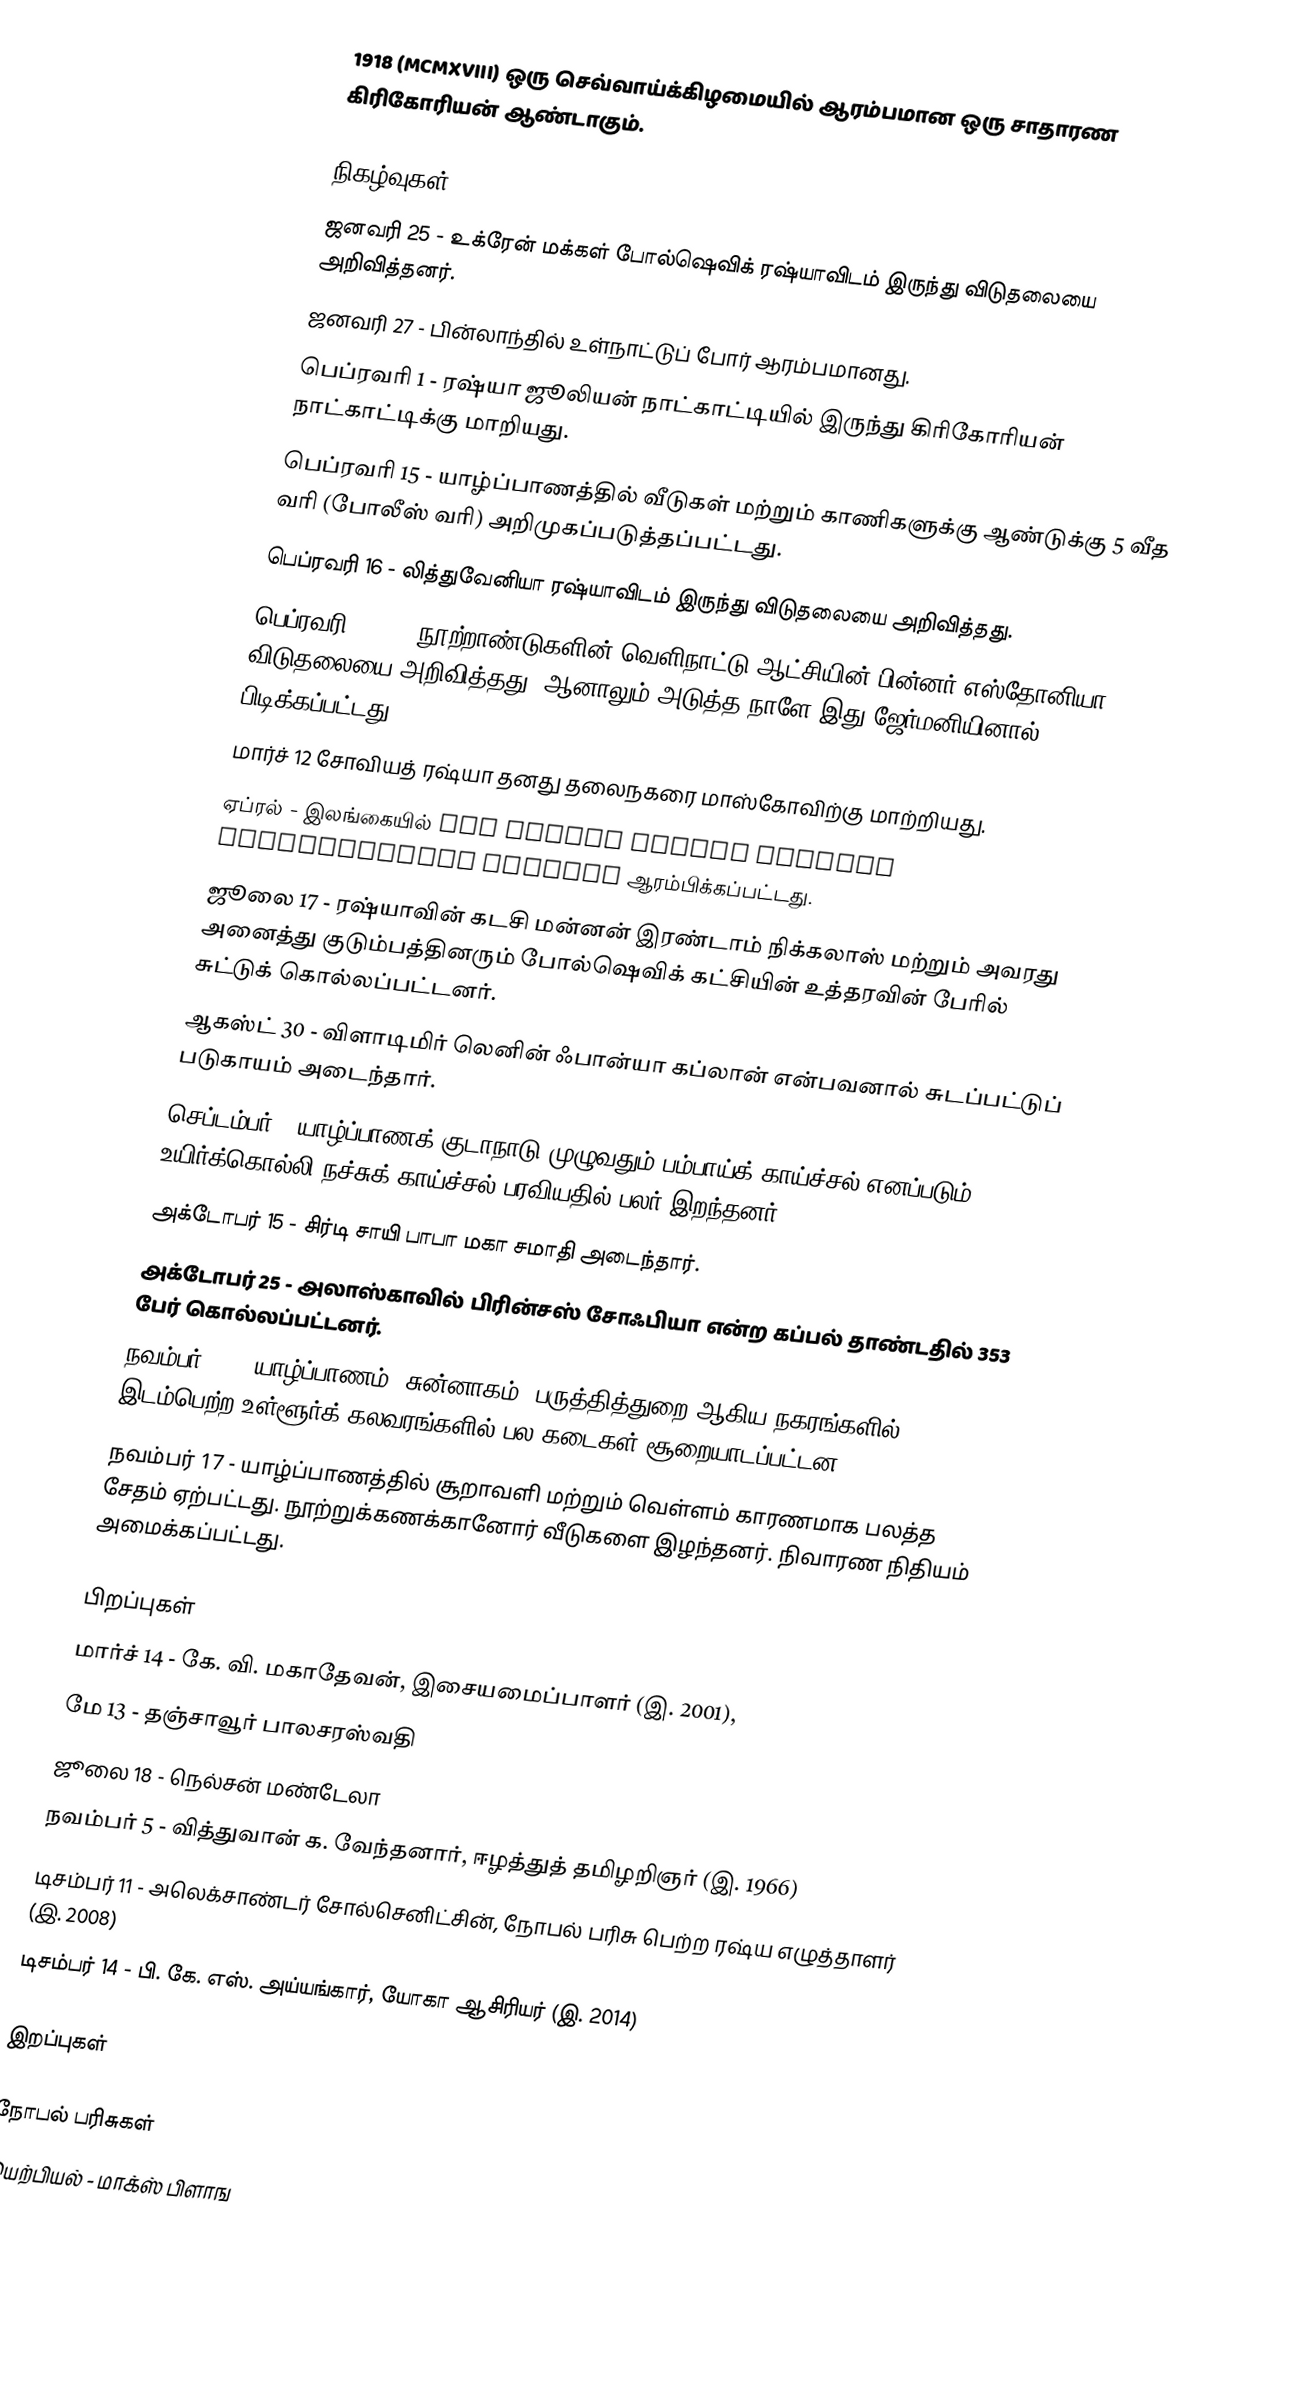
1918 (MCMXVIII) ஒரு செவ்வாய்க்கிழமையில் ஆரம்பமான ஒரு சாதாரண கிரிகோரியன் ஆண்டாகும்.

நிகழ்வுகள்
 ஜனவரி 25 - உக்ரேன் மக்கள் போல்ஷெவிக் ரஷ்யாவிடம் இருந்து விடுதலையை அறிவித்தனர்.
 ஜனவரி 27 - பின்லாந்தில் உள்நாட்டுப் போர் ஆரம்பமானது.
 பெப்ரவரி 1 - ரஷ்யா ஜூலியன் நாட்காட்டியில் இருந்து கிரிகோரியன் நாட்காட்டிக்கு மாறியது.
 பெப்ரவரி 15 - யாழ்ப்பாணத்தில் வீடுகள் மற்றும் காணிகளுக்கு ஆண்டுக்கு 5 வீத வரி (போலீஸ் வரி) அறிமுகப்படுத்தப்பட்டது.
 பெப்ரவரி 16 - லித்துவேனியா ரஷ்யாவிடம் இருந்து விடுதலையை அறிவித்தது.
 பெப்ரவரி 24 - 7 நூற்றாண்டுகளின் வெளிநாட்டு ஆட்சியின் பின்னர் எஸ்தோனியா விடுதலையை அறிவித்தது. ஆனாலும் அடுத்த நாளே இது ஜேர்மனியினால் பிடிக்கப்பட்டது.
 மார்ச் 12 சோவியத் ரஷ்யா தனது தலைநகரை மாஸ்கோவிற்கு மாற்றியது.
 ஏப்ரல் - இலங்கையில் The Ceylon Safety Matches Manufacturing Company ஆரம்பிக்கப்பட்டது.
 ஜூலை 17 - ரஷ்யாவின் கடசி மன்னன் இரண்டாம் நிக்கலாஸ் மற்றும் அவரது அனைத்து குடும்பத்தினரும் போல்ஷெவிக் கட்சியின் உத்தரவின் பேரில் சுட்டுக் கொல்லப்பட்டனர்.
 ஆகஸ்ட் 30 - விளாடிமிர் லெனின் ஃபான்யா கப்லான் என்பவனால் சுடப்பட்டுப் படுகாயம் அடைந்தார்.
 செப்டம்பர் - யாழ்ப்பாணக் குடாநாடு முழுவதும் பம்பாய்க் காய்ச்சல் எனப்படும் உயிர்க்கொல்லி நச்சுக் காய்ச்சல் பரவியதில் பலர் இறந்தனர்.
 அக்டோபர் 15 - சிர்டி சாயி பாபா மகா சமாதி அடைந்தார்.
 அக்டோபர் 25 - அலாஸ்காவில் பிரின்சஸ் சோஃபியா என்ற கப்பல் தாண்டதில் 353 பேர் கொல்லப்பட்டனர்.
 நவம்பர் 10 - யாழ்ப்பாணம், சுன்னாகம், பருத்தித்துறை ஆகிய நகரங்களில் இடம்பெற்ற உள்ளூர்க் கலவரங்களில் பல கடைகள் சூறையாடப்பட்டன.
 நவம்பர் 17 - யாழ்ப்பாணத்தில் சூறாவளி மற்றும் வெள்ளம் காரணமாக பலத்த சேதம் ஏற்பட்டது. நூற்றுக்கணக்கானோர் வீடுகளை இழந்தனர். நிவாரண நிதியம் அமைக்கப்பட்டது.

பிறப்புகள்
 மார்ச் 14 - கே. வி. மகாதேவன், இசையமைப்பாளர் (இ. 2001),
 மே 13 - தஞ்சாவூர் பாலசரஸ்வதி
 ஜூலை 18 - நெல்சன் மண்டேலா
 நவம்பர் 5 - வித்துவான் க. வேந்தனார், ஈழத்துத் தமிழறிஞர் (இ. 1966)
 டிசம்பர் 11 - அலெக்சாண்டர் சோல்செனிட்சின், நோபல் பரிசு பெற்ற ரஷ்ய எழுத்தாளர் (இ. 2008)
 டிசம்பர் 14 - பி. கே. எஸ். அய்யங்கார், யோகா ஆசிரியர் (இ. 2014)

இறப்புகள்

நோபல் பரிசுகள்
 இயற்பியல் - மாக்ஸ் பிளாங